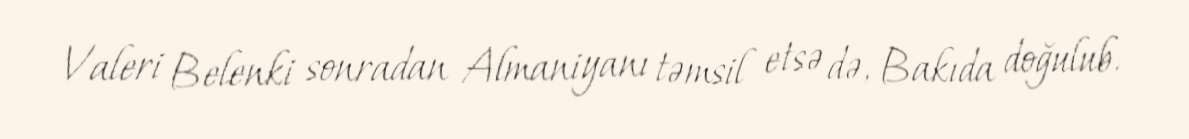
Valeri Belenki sonradan Almaniyanı təmsil etsə də, Bakıda doğulub.